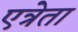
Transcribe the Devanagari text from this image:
एत्रेता